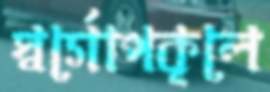
স্বর্গোপকূলে